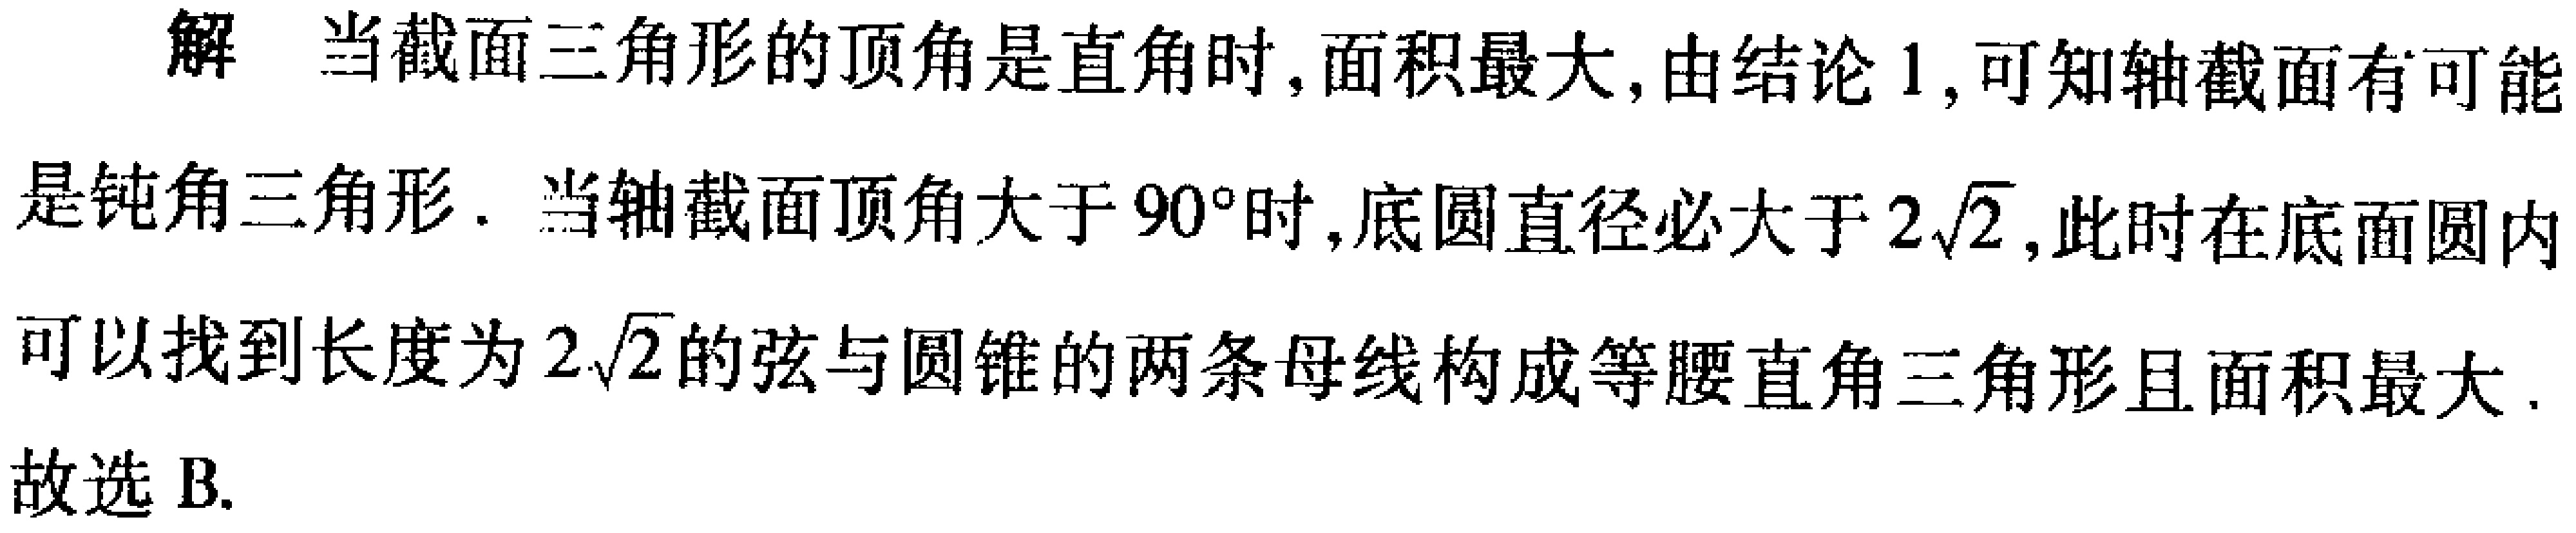
解 当截面三角形的顶角是直角时,面积最大,由结论 1,可知轴截面有可能是钝角三角形. 当轴截面顶角大于 \(90^{\circ}\)时,底圆直径必大于 \(2\sqrt{2}\),此时在底面圆内可以找到长度为 \(2\sqrt{2}\)的弦与圆锥的两条母线构成等腰直角三角形且面积最大. 故选 B.